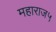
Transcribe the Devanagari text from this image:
महाराज५